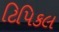
ટિપિકલ